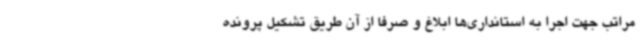
مراتب جهت اجرا به استانداری‌ها ابلاغ و صرفا از آن طریق تشکیل پرونده